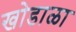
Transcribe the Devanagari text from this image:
खोडाळा